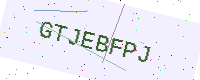
Text: GTJEBFPJ